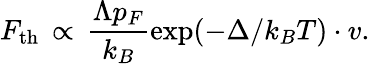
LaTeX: F_{\mathrm{th}}\, \propto\, \frac{\Lambda p_{F}}{k_{B}}\exp(-\Delta/k_{B}T)\cdot v.